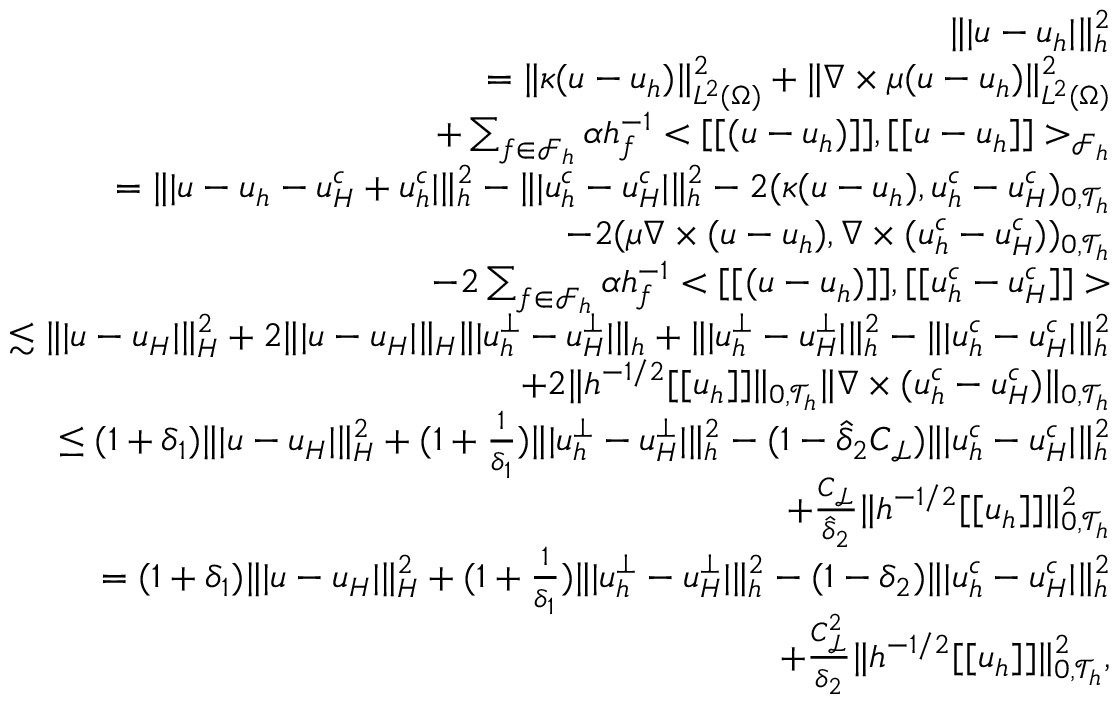
\begin{array} { r l r } & { } & { \| \vert \boldsymbol { u } - \boldsymbol { u } _ { h } \vert \| _ { h } ^ { 2 } } \\ & { } & { = \| \kappa ( \boldsymbol { u } - \boldsymbol { u } _ { h } ) \| _ { L ^ { 2 } ( \Omega ) } ^ { 2 } + \| \nabla \times \mu ( \boldsymbol { u } - \boldsymbol { u } _ { h } ) \| _ { L ^ { 2 } ( \Omega ) } ^ { 2 } } \\ & { } & { \quad + \sum _ { f \in \mathcal { F } _ { h } } \alpha h _ { f } ^ { - 1 } < [ [ ( \boldsymbol { u } - \boldsymbol { u } _ { h } ) ] ] , [ [ \boldsymbol { u } - \boldsymbol { u } _ { h } ] ] > _ { \mathcal { F } _ { h } } } \\ & { } & { = \| \vert \boldsymbol { u } - \boldsymbol { u } _ { h } - \boldsymbol { u } _ { H } ^ { c } + \boldsymbol { u } _ { h } ^ { c } \vert \| _ { h } ^ { 2 } - \| \vert \boldsymbol { u } _ { h } ^ { c } - \boldsymbol { u } _ { H } ^ { c } \vert \| _ { h } ^ { 2 } - 2 ( \kappa ( \boldsymbol { u } - \boldsymbol { u } _ { h } ) , \boldsymbol { u } _ { h } ^ { c } - \boldsymbol { u } _ { H } ^ { c } ) _ { 0 , \mathcal { T } _ { h } } } \\ & { } & { \quad - 2 ( \mu \nabla \times ( \boldsymbol { u } - \boldsymbol { u } _ { h } ) , \nabla \times ( \boldsymbol { u } _ { h } ^ { c } - \boldsymbol { u } _ { H } ^ { c } ) ) _ { 0 , \mathcal { T } _ { h } } } \\ & { } & { \quad - 2 \sum _ { f \in \mathcal { F } _ { h } } \alpha h _ { f } ^ { - 1 } < [ [ ( \boldsymbol { u } - \boldsymbol { u } _ { h } ) ] ] , [ [ \boldsymbol { u } _ { h } ^ { c } - \boldsymbol { u } _ { H } ^ { c } ] ] > } \\ & { } & { \lesssim \| \vert \boldsymbol { u } - \boldsymbol { u } _ { H } \vert \| _ { H } ^ { 2 } + 2 \| \vert \boldsymbol { u } - \boldsymbol { u } _ { H } \vert \| _ { H } \| \vert \boldsymbol { u } _ { h } ^ { \bot } - \boldsymbol { u } _ { H } ^ { \bot } \vert \| _ { h } + \| \vert \boldsymbol { u } _ { h } ^ { \bot } - \boldsymbol { u } _ { H } ^ { \bot } \vert \| _ { h } ^ { 2 } - \| \vert \boldsymbol { u } _ { h } ^ { c } - \boldsymbol { u } _ { H } ^ { c } \vert \| _ { h } ^ { 2 } } \\ & { } & { \quad + 2 \| h ^ { - 1 / 2 } [ [ \boldsymbol { u } _ { h } ] ] \| _ { 0 , \mathcal { T } _ { h } } \| \nabla \times ( \boldsymbol { u } _ { h } ^ { c } - \boldsymbol { u } _ { H } ^ { c } ) \| _ { 0 , \mathcal { T } _ { h } } } \\ & { } & { \leq ( 1 + \delta _ { 1 } ) \| \vert \boldsymbol { u } - \boldsymbol { u } _ { H } \vert \| _ { H } ^ { 2 } + ( 1 + \frac { 1 } { \delta _ { 1 } } ) \| \vert \boldsymbol { u } _ { h } ^ { \bot } - \boldsymbol { u } _ { H } ^ { \bot } \vert \| _ { h } ^ { 2 } - ( 1 - \hat { \delta } _ { 2 } C _ { \mathcal { L } } ) \| \vert \boldsymbol { u } _ { h } ^ { c } - \boldsymbol { u } _ { H } ^ { c } \vert \| _ { h } ^ { 2 } } \\ & { } & { \quad + \frac { C _ { \mathcal { L } } } { \hat { \delta } _ { 2 } } \| h ^ { - 1 / 2 } [ [ \boldsymbol { u } _ { h } ] ] \| _ { 0 , \mathcal { T } _ { h } } ^ { 2 } } \\ & { } & { = ( 1 + \delta _ { 1 } ) \| \vert \boldsymbol { u } - \boldsymbol { u } _ { H } \vert \| _ { H } ^ { 2 } + ( 1 + \frac { 1 } { \delta _ { 1 } } ) \| \vert \boldsymbol { u } _ { h } ^ { \bot } - \boldsymbol { u } _ { H } ^ { \bot } \vert \| _ { h } ^ { 2 } - ( 1 - { \delta } _ { 2 } ) \| \vert \boldsymbol { u } _ { h } ^ { c } - \boldsymbol { u } _ { H } ^ { c } \vert \| _ { h } ^ { 2 } } \\ & { } & { \quad + \frac { C _ { \mathcal { L } } ^ { 2 } } { { \delta } _ { 2 } } \| h ^ { - 1 / 2 } [ [ \boldsymbol { u } _ { h } ] ] \| _ { 0 , \mathcal { T } _ { h } } ^ { 2 } , } \end{array}